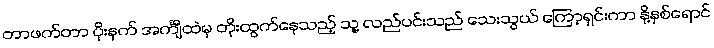
တာဖက်တာ ပိုးနက် အင်္ကျီထဲမှ တိုးထွက်နေသည့် သူ့ လည်ပင်းသည် သေးသွယ် ကြော့ရှင်းကာ နို့နှစ်ရောင်